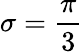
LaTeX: \sigma=\frac{\pi}{3}